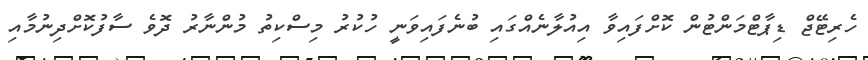
ހެރިޓޭޖް ޑިޕާޓްމަންޓުން ކޮށްފައިވާ އިއުލާނެއްގައި ބުނެފައިވަނީ ހުކުރު މިސްކިތު މުންނާރު ދޮވެ ސާފުކޮށްދިނުމާއި